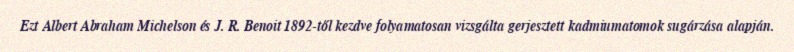
Ezt Albert Abraham Michelson és J. R. Benoit 1892-től kezdve folyamatosan vizsgálta gerjesztett kadmiumatomok sugárzása alapján.